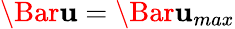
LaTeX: \Bar{\mathbf{u}}=\Bar{\mathbf{u}}_{max}